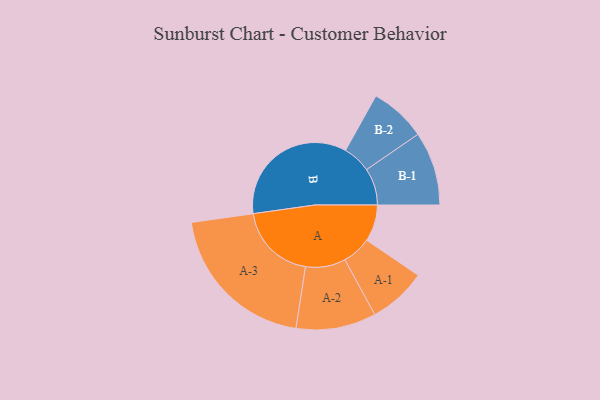
{"axis": {"x": "Segment", "y": "Value"}, "legend": ["", "A", "B"], "data": [{"x": "A", "y": 130, "type": ""}, {"x": "B", "y": 483, "type": ""}, {"x": "A-1", "y": 103, "type": "A"}, {"x": "A-2", "y": 142, "type": "A"}, {"x": "A-3", "y": 278, "type": "A"}, {"x": "B-1", "y": 131, "type": "B"}, {"x": "B-2", "y": 100, "type": "B"}]}